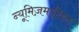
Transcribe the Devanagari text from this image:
न्यूमिज़माटिस्ट